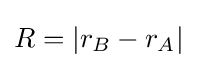
R=|r_{B}-r_{A}|